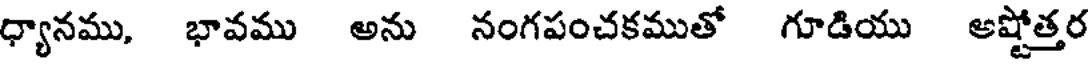
ధ్యానము, భావము అను నంగపంచకముతో గూడియు అష్టోత్తర